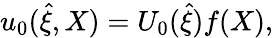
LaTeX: u_{0}(\hat{\xi},X)=U_{0}(\hat{\xi})f(X),